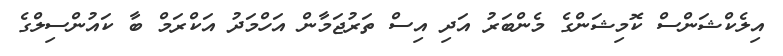
އިލެކްޝަންސް ކޮމިޝަންގެ މެންބަރު އަދި އިސް ތަރުޖަމާން އަހްމަދު އަކްރަމް ބާ ކައުންސިލްގެ